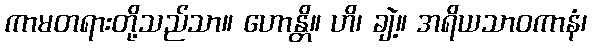
ကာမတရားတို့သည်သာ။ ဟောန္တိ။ ဟိ၊ ချဲ့။ အရိယသာဝကာနံ၊